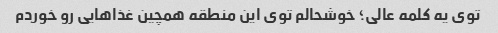
توی یه کلمه عالی؛ خوشحالم توی این منطقه همچین غذاهایی رو خوردم